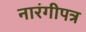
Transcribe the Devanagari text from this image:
नारंगीपत्र